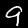
Label: 9